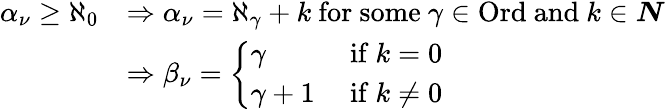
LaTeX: \begin{array}{rl}{\alpha_{\nu}\geq\aleph_{0}}&{\Rightarrow\alpha_{\nu}=\aleph_{\gamma}+k\mathrm{~for~some~}\gamma\in\mathrm{Ord}\mathrm{~and~}k\in\boldsymbol{N}}\\ &{\Rightarrow\beta_{\nu}=\left\{ \begin{array}{ll}{\gamma}&{\mathrm{~if~}k=0}\\ {\gamma+1}&{\mathrm{~if~}k\neq 0}\end{array}\right.}\end{array}